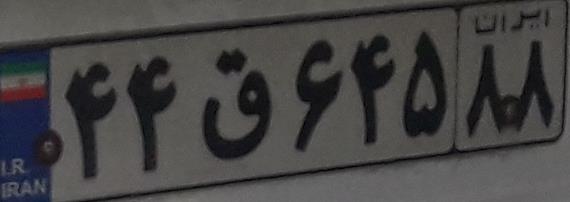
۴۴ق۶۴۵۸۸